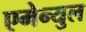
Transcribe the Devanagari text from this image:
एमेन्युल